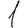
Digit: 1